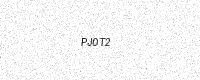
Text: PJ0T2